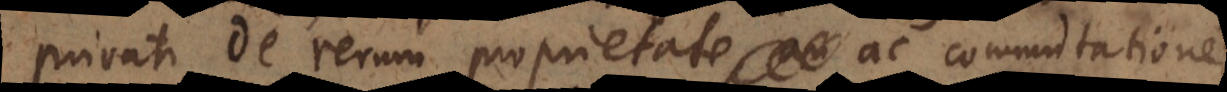
privati de rerum proprietate ac commutatione